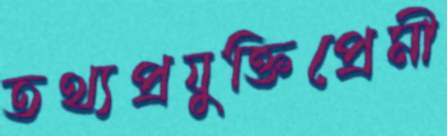
তথ্যপ্রযুক্তিপ্রেমী